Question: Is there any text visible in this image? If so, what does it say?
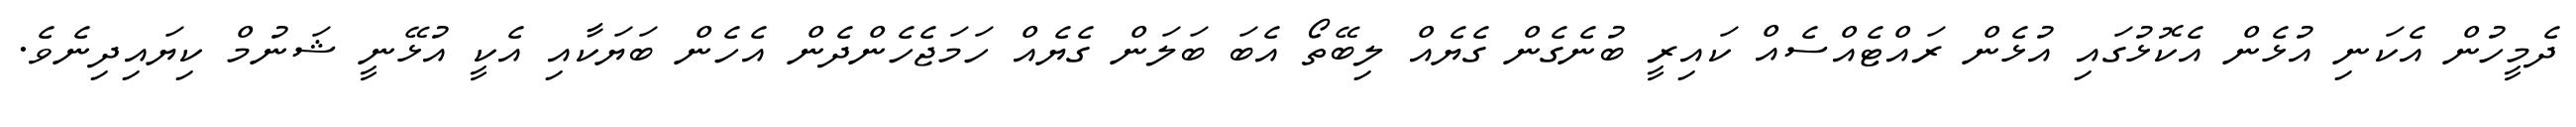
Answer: ދެމީހުން އެކަނި އުޅެން އެކޮޅުގައި އުޅެން ރައްޓެއްސެއް ކައިރީ ބުނެގެން ގެޔެއް ލިބޭތޯ އެބަ ބަލަން ގެޔެއް ހަމަޖެހެންދެން އެހެން ބަޔަކާއި އެކީ އުޅޭނީ ޝަނުމް ކިޔައިދިނެވެ.